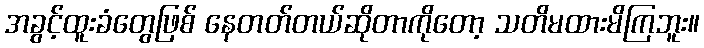
အခွင့်ထူးခံတွေဖြစ် နေတတ်တယ်ဆိုတာကိုတော့ သတိမထားမိကြဘူး။